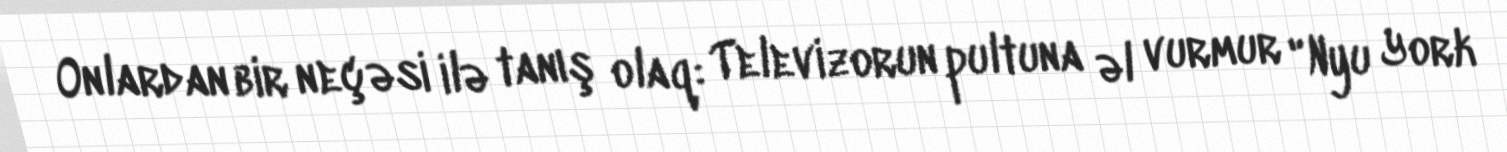
Onlardan bir neçəsi ilə tanış olaq: Televizorun pultuna əl vurmur "Nyu York